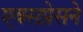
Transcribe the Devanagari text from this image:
एक्सप्रेसने